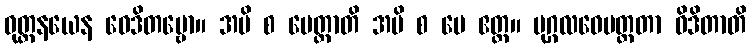
ဝုတ္တနယေန ဝေဒိတဗ္ဗော။ အပိ စ မေတ္ထာတိ အပိ စ မေ ဧတ္ထ။ ပုဂ္ဂလဝေမတ္တတာ ဝိဒိတာတိ